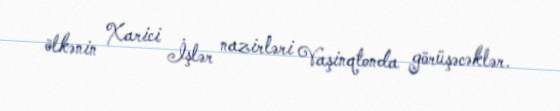
ölkənin Xarici İşlər nazirləri Vaşinqtonda görüşəcəklər.